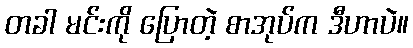
တခါ မင်းကို ပြောတဲ့ စာအုပ်က ဒီဟာပဲ။